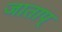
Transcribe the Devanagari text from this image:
जाताप्